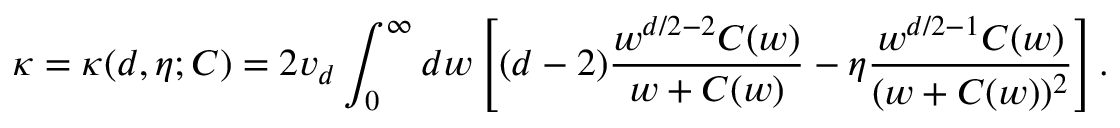
\kappa = \kappa ( d , \eta ; C ) = 2 v _ { d } \int _ { 0 } ^ { \infty } d w \left[ ( d - 2 ) \frac { w ^ { d / 2 - 2 } C ( w ) } { w + C ( w ) } - \eta \frac { w ^ { d / 2 - 1 } C ( w ) } { ( w + C ( w ) ) ^ { 2 } } \right] .